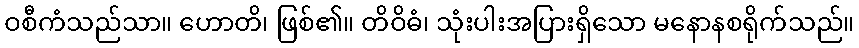
ဝစီကံသည်သာ။ ဟောတိ၊ ဖြစ်၏။ တိဝိဓံ၊ သုံးပါးအပြားရှိသော မနောနစရိုက်သည်။